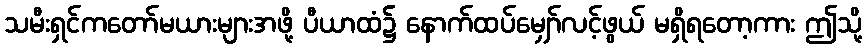
သမီးရှင်ကတော်မယားများအဖို့ ပီယာထံ၌ နောက်ထပ်မျှော်လင့်ဖွယ် မရှိရတော့ကား ဤသို့